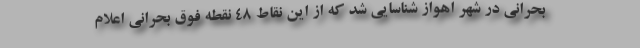
بحرانی در شهر اهواز شناسایی شد که از این نقاط 48 نقطه فوق بحرانی اعلام